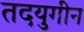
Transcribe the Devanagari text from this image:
तदयुगीन